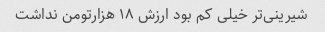
شیرینی‌تر خیلی کم بود ارزش ۱۸ هزارتومن نداشت